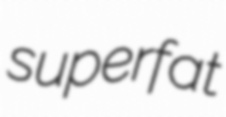
superfat